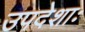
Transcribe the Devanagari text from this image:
उपदेशाः